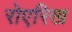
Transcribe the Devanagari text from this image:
रोएरिख